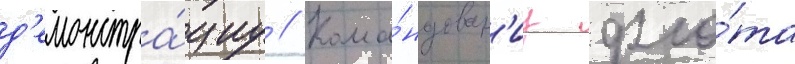
д'емонстра́циу // Кома́ндован'иу фло́та